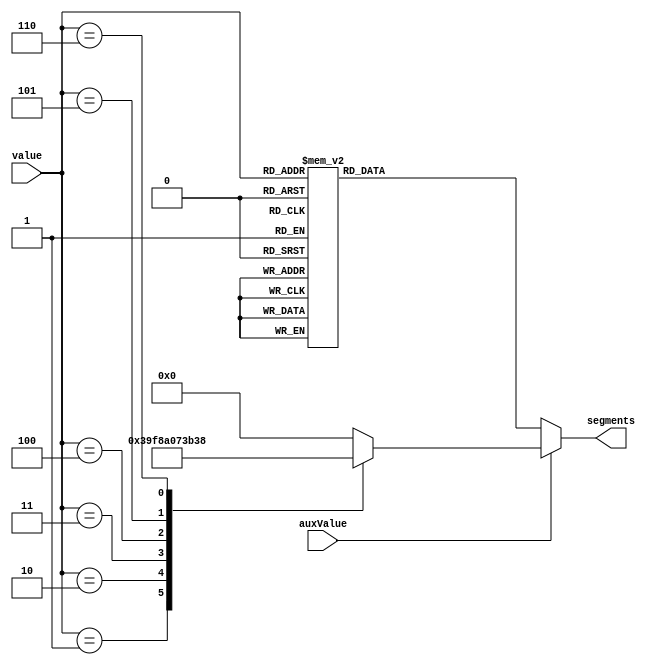
module TubeROM (
    input wire[3:0] value,
    input wire auxValue,
    output reg[6:0] segments
    );
always @ (*) begin
    if (auxValue) begin
        case (value)
            4'h0: segments = 7'h00; 
            4'h1: segments = 7'h73; 
            4'h2: segments = 7'h78; 
            4'h3: segments = 7'h50; 
            4'h4: segments = 7'h1C; 
            4'h5: segments = 7'h76; 
            4'h6: segments = 7'h38; 
            default: segments = 7'b0;
        endcase
    end
    else begin 
        case (value)
            4'h0: segments = 7'h3F; 
            4'h1: segments = 7'h06; 
            4'h2: segments = 7'h5B; 
            4'h3: segments = 7'h4F; 
            4'h4: segments = 7'h66; 
            4'h5: segments = 7'h6D; 
            4'h6: segments = 7'h7D; 
            4'h7: segments = 7'h07; 
            4'h8: segments = 7'h7F; 
            4'h9: segments = 7'h6F; 
            4'hA: segments = 7'h77; 
            4'hB: segments = 7'h7C; 
            4'hC: segments = 7'h39; 
            4'hD: segments = 7'h5E; 
            4'hE: segments = 7'h79; 
            4'hF: segments = 7'h71; 
            default: segments = 7'b0;
        endcase
    end
end
endmodule